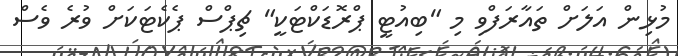
މުޅިން އަލަށް ތައާރަފްވި މި "ބިއުޓީ ޕްރޮޑަކްޓަކީ" ޗިޕްސް ޕެކެޓަކަށް ވުރެ ވެސް